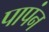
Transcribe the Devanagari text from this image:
पापंन